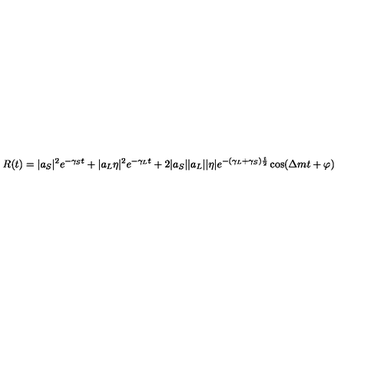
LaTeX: R ( t ) = | a _ { S } | ^ { 2 } e ^ { - \gamma _ { S } t } + | a _ { L } \eta | ^ { 2 } e ^ { - \gamma _ { L } t } + 2 | a _ { S } | | a _ { L } | | \eta | e ^ { - ( \gamma _ { L } + \gamma _ { S } ) { \frac { t } { 2 } } } \cos ( \Delta m t + \varphi )